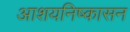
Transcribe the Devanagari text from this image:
आशयनिष्कासन